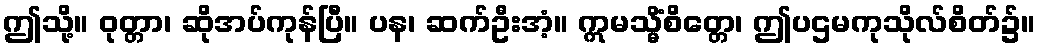
ဤသို့။ ဝုတ္တာ၊ ဆိုအပ်ကုန်ပြီ။ ပန၊ ဆက်ဦးအံ့။ ဣမသ္မိံစိတ္တေ၊ ဤပဌမကုသိုလ်စိတ်၌။